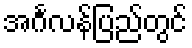
အင်္ဂလန်ပြည်တွင်